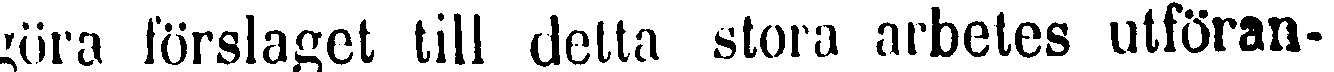
göra förslaget till detta stora arbetes utföran-